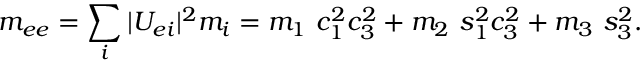
m _ { e e } = \sum _ { i } | U _ { e i } | ^ { 2 } m _ { i } = m _ { 1 } ~ c _ { 1 } ^ { 2 } c _ { 3 } ^ { 2 } + m _ { 2 } ~ s _ { 1 } ^ { 2 } c _ { 3 } ^ { 2 } + m _ { 3 } ~ s _ { 3 } ^ { 2 } .